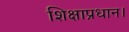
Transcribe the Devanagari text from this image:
शिक्षाप्रधान।